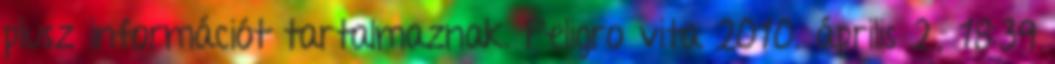
plusz információt tartalmaznak. Peligro vita 2010. április 2., 18:39